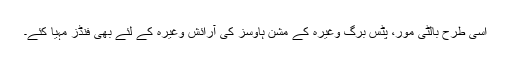
اسی طرح بالٹی مور، پِٹس برگ وغیرہ کے مشن ہاؤسز کی آرائش وغیرہ کے لئے بھی فنڈز مہیا کئے۔